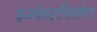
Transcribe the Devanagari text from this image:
इनवेस्टपिनांग